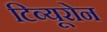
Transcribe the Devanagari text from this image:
टिब्यूरोन